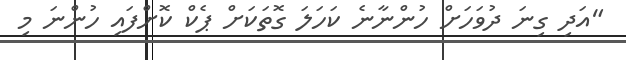
"އަދި ގިނަ ދުވަހަށް ހުންނާނެ ކަހަލަ ގޮތަކަށް ޕެކް ކޮށްފައި ހުންނަ މި